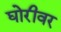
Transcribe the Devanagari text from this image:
घोरीवर